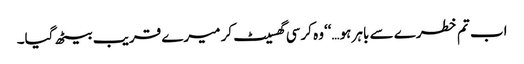
اب تم خطرے سے باہر ہو…‘‘وہ کرسی گھسیٹ کر میرے قریب بیٹھ گیا۔